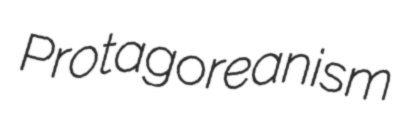
Protagoreanism